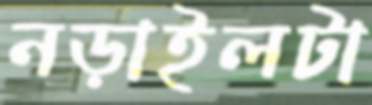
নড়াইলটা